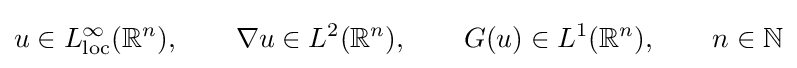
u\in L_{\mathrm {loc} }^{\infty }(\mathbb {R} ^{n}),\qquad \nabla u\in L^{2}(\mathbb {R} ^{n}),\qquad G(u)\in L^{1}(\mathbb {R} ^{n}),\qquad n\in \mathbb {N}